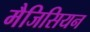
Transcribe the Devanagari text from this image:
मैजिसियन